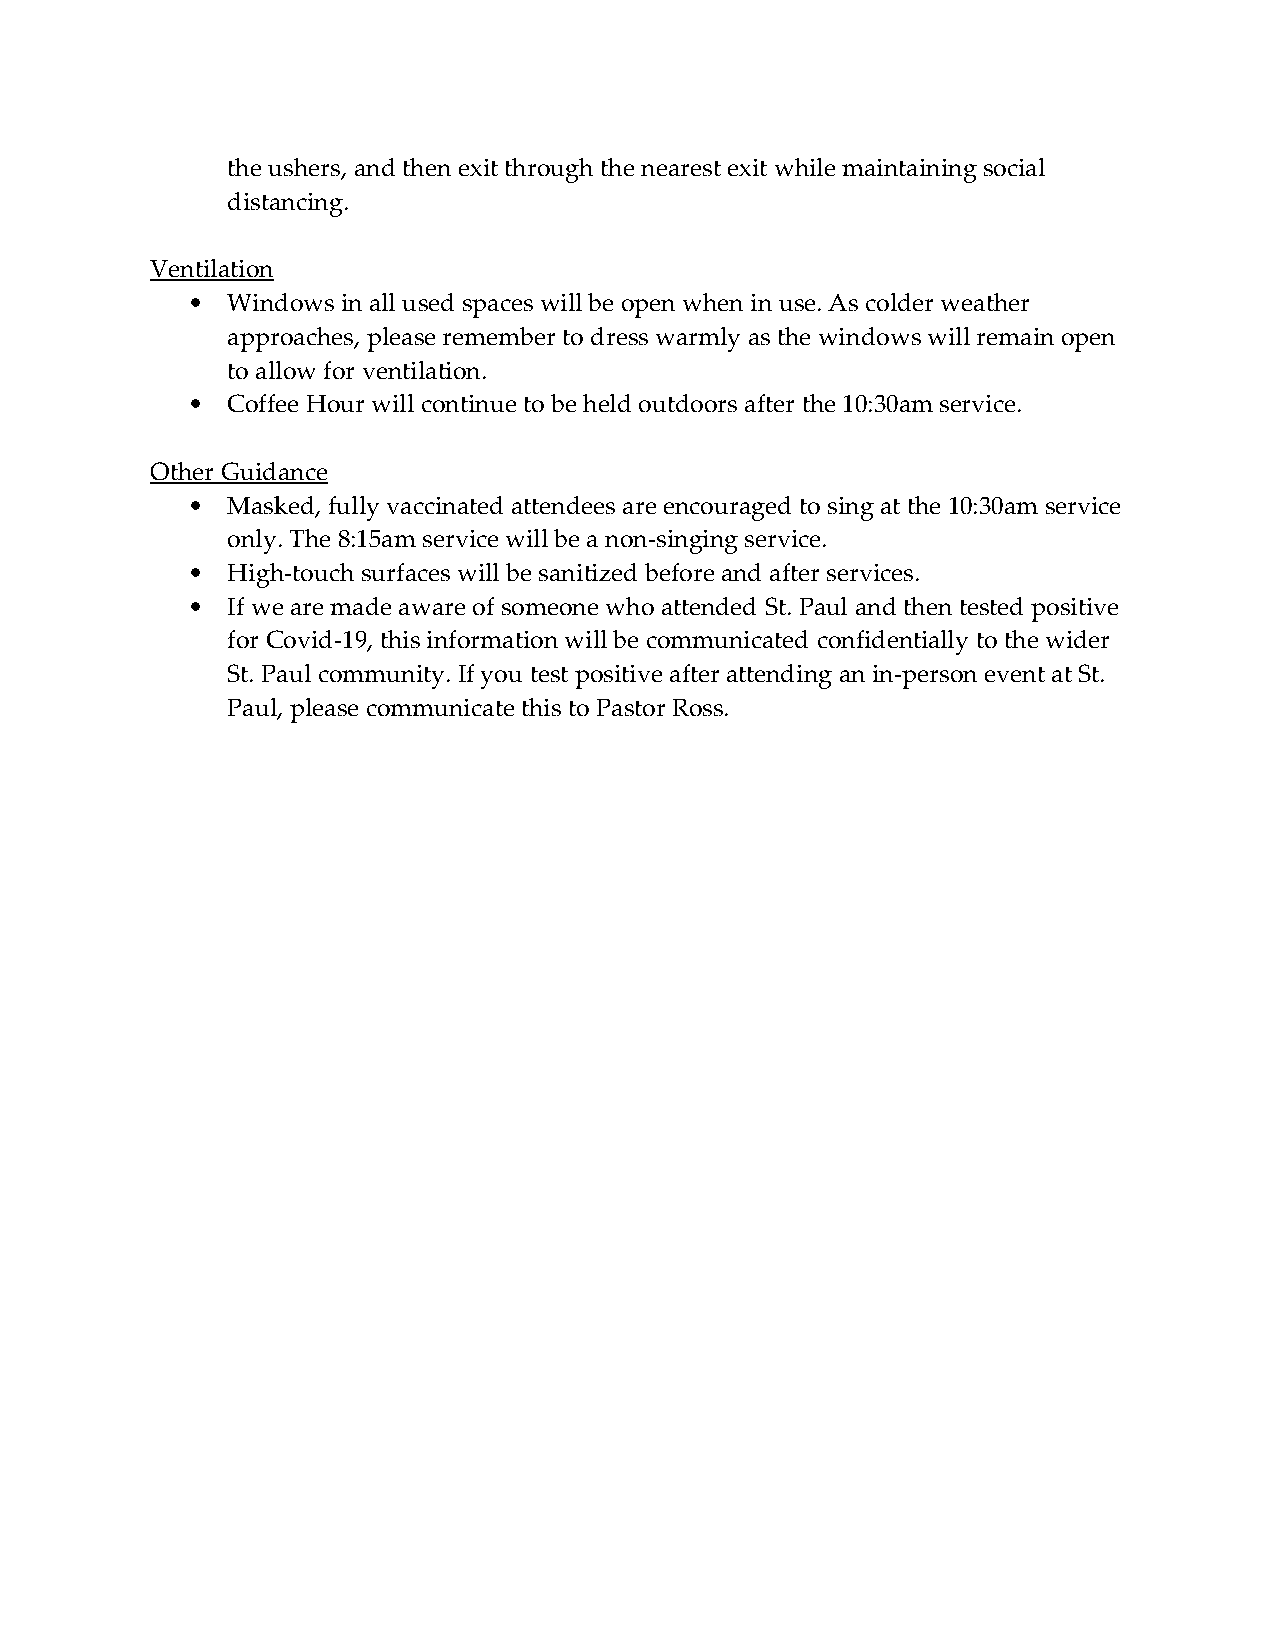
the ushers, and then exit through the nearest exit while maintaining social
 distancing.
 Ventilation
 •  Windows in all used spaces will be open when in use. As colder weather
 approaches, please remember to dress warmly as the windows will remain open
 to allow for ventilation.
 •  Coffee Hour will continue to be held outdoors after the 10:30am service.
 Other Guidance
 •  Masked, fully vaccinated attendees are encouraged to sing at the 10:30am service
 only. The 8:15am service will be a non-singing service.
 •  High-touch surfaces will be sanitized before and after services.
 •  If we are made aware of someone who attended St. Paul and then tested positive
 for Covid-19, this information will be communicated confidentially to the wider
 St. Paul community. If you test positive after attending an in-person event at St.
 Paul, please communicate this to Pastor Ross.